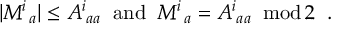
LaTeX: | M _ { ~ a } ^ { i } | \leq A _ { \; a a } ^ { i } \; \; \mathrm { a n d } \; \; M _ { ~ a } ^ { i } = A _ { \; a a } ^ { i } \; \; \mathrm { m o d } \, 2 \; \; .